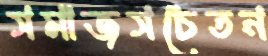
সমাজসচেতন